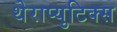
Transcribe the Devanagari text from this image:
थेराप्युटिक्स